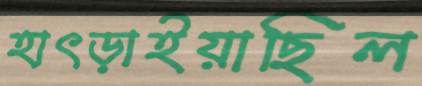
হাৎড়াইয়াছিল